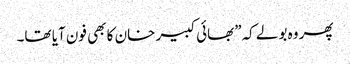
پھر وہ بولے کہ”بھائی کبیر خان کا بھی فون آیا تھا۔